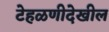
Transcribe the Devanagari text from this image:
टेहळणीदेखील